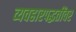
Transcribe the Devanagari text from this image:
व्यवहारपद्धतींवर